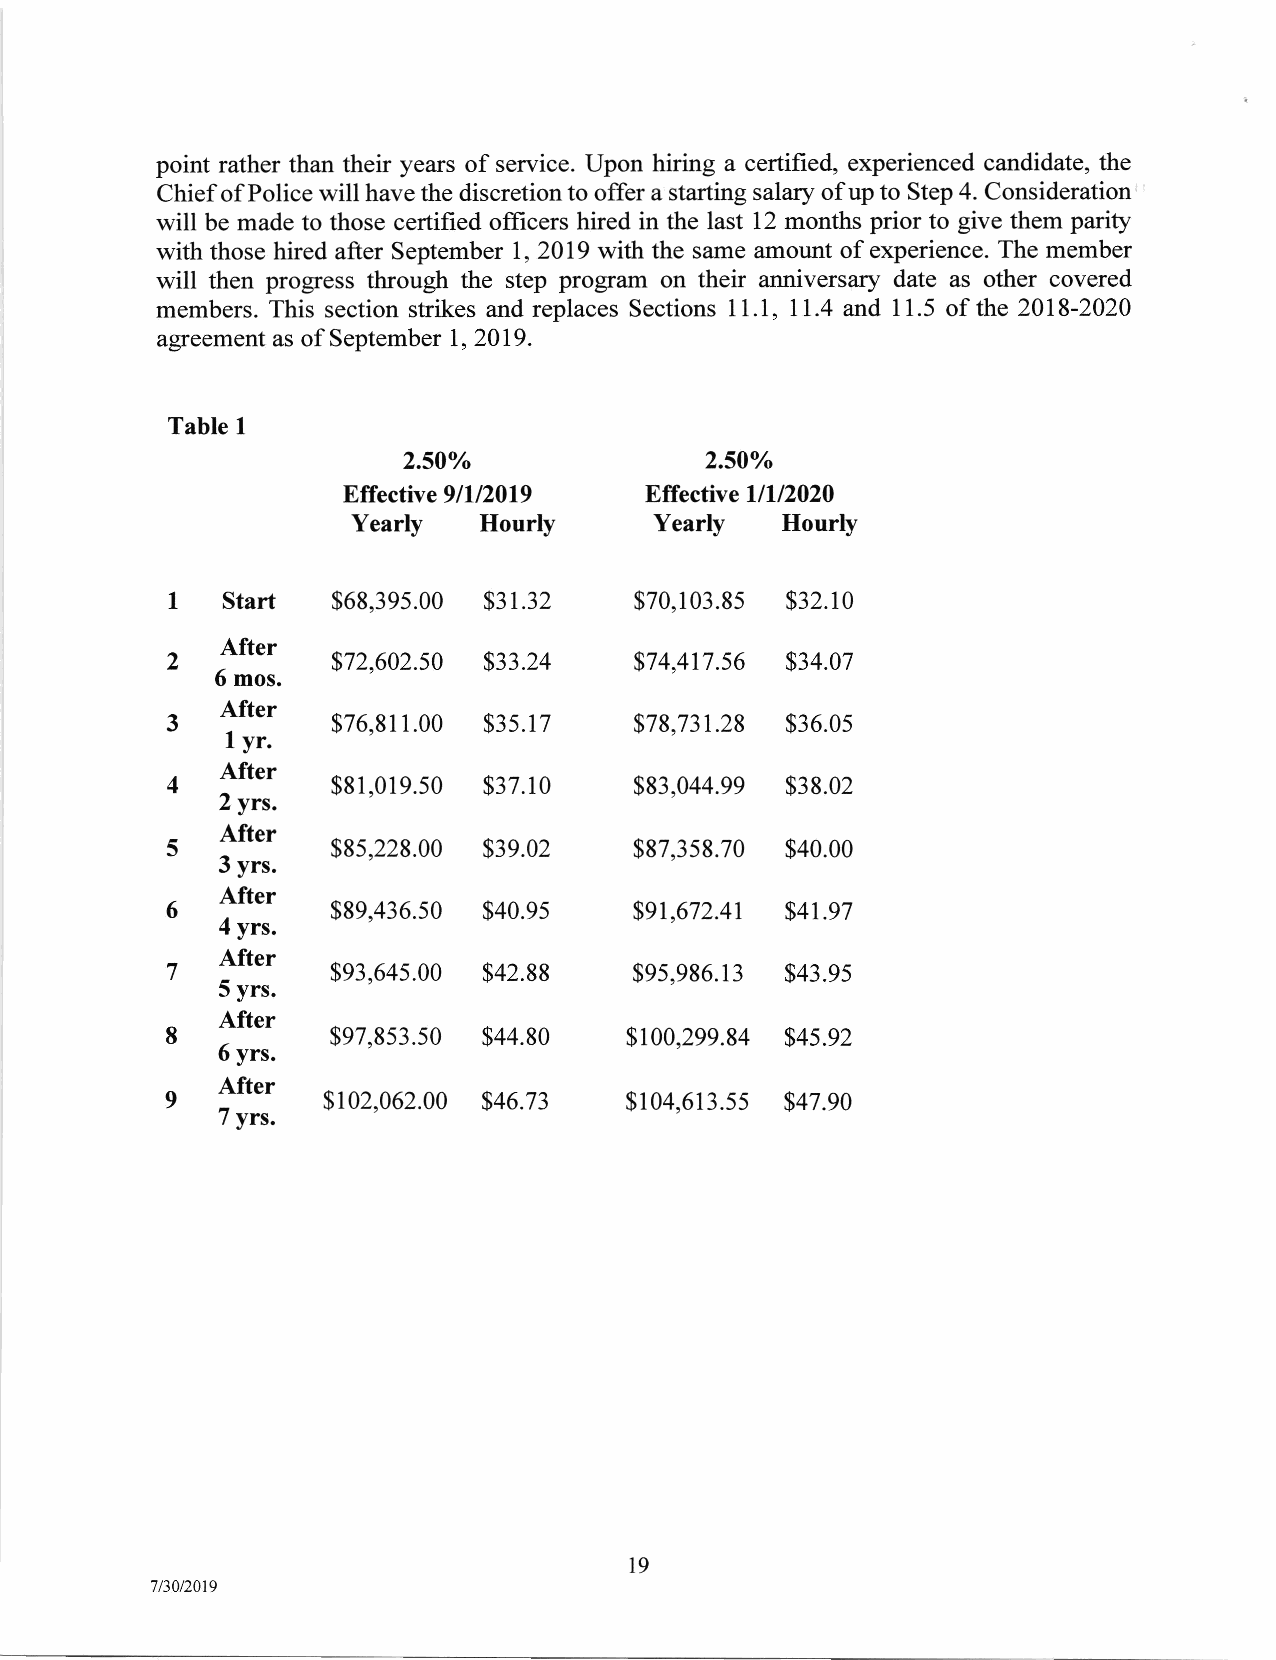
point rather than their years of service. Upon hiring a certified, experienced candidate, the
 Chief of Police will have the discretion to offer a starting salary of up to Step 4. Consideration
 will be made to those certified officers hired in the last 12 months prior to give them parlty
 with those hired after September 1,2019 with the same amount of experience. The member
 will then progress through the step program on their anniversary date as other covered
 members. This section strikes and replaces Sections 11.1, 11.4 and 11.5 of the 2018-2020
 agreement as of September 1,2019.
 I
 Table
 2.50°/0             2.50°/0
 EfFective 9/1/2019  Effective 1/1/2020
 Yearly              Yearly
 Ⅱourly              Ⅱourly
 $68,395.00 $31.32   $70,103.85 $32.10
 2庶
 $72,602.50 $33.24   $74,417.56 S34.07
 l
 3   1:::   $76,811.00 S35.17   $78,731.28 $36.05
 4,露
 $81,019.50 $37.10   $83,044.99 $38.02
 5歌
 $85,228.00 $39.02   $87,358.70 $40.00
 6オ
 露
 $89,436.50 $40.95   $91,672.41 $41.97
 7蜘
 $93,645.00 $42.88   $95,986。13 $43.95
 8椒
 $97,853.50 $44.80  $100,299。84 $45。92
 9歌
 $102,062.00 $46.73  $104,613.55 $47.90
 19
 7/30/2019